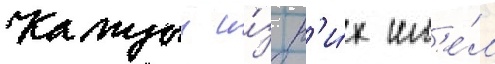
Каждыи и́з н'и́х им'е́л